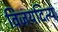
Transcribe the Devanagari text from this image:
विजयदित्य